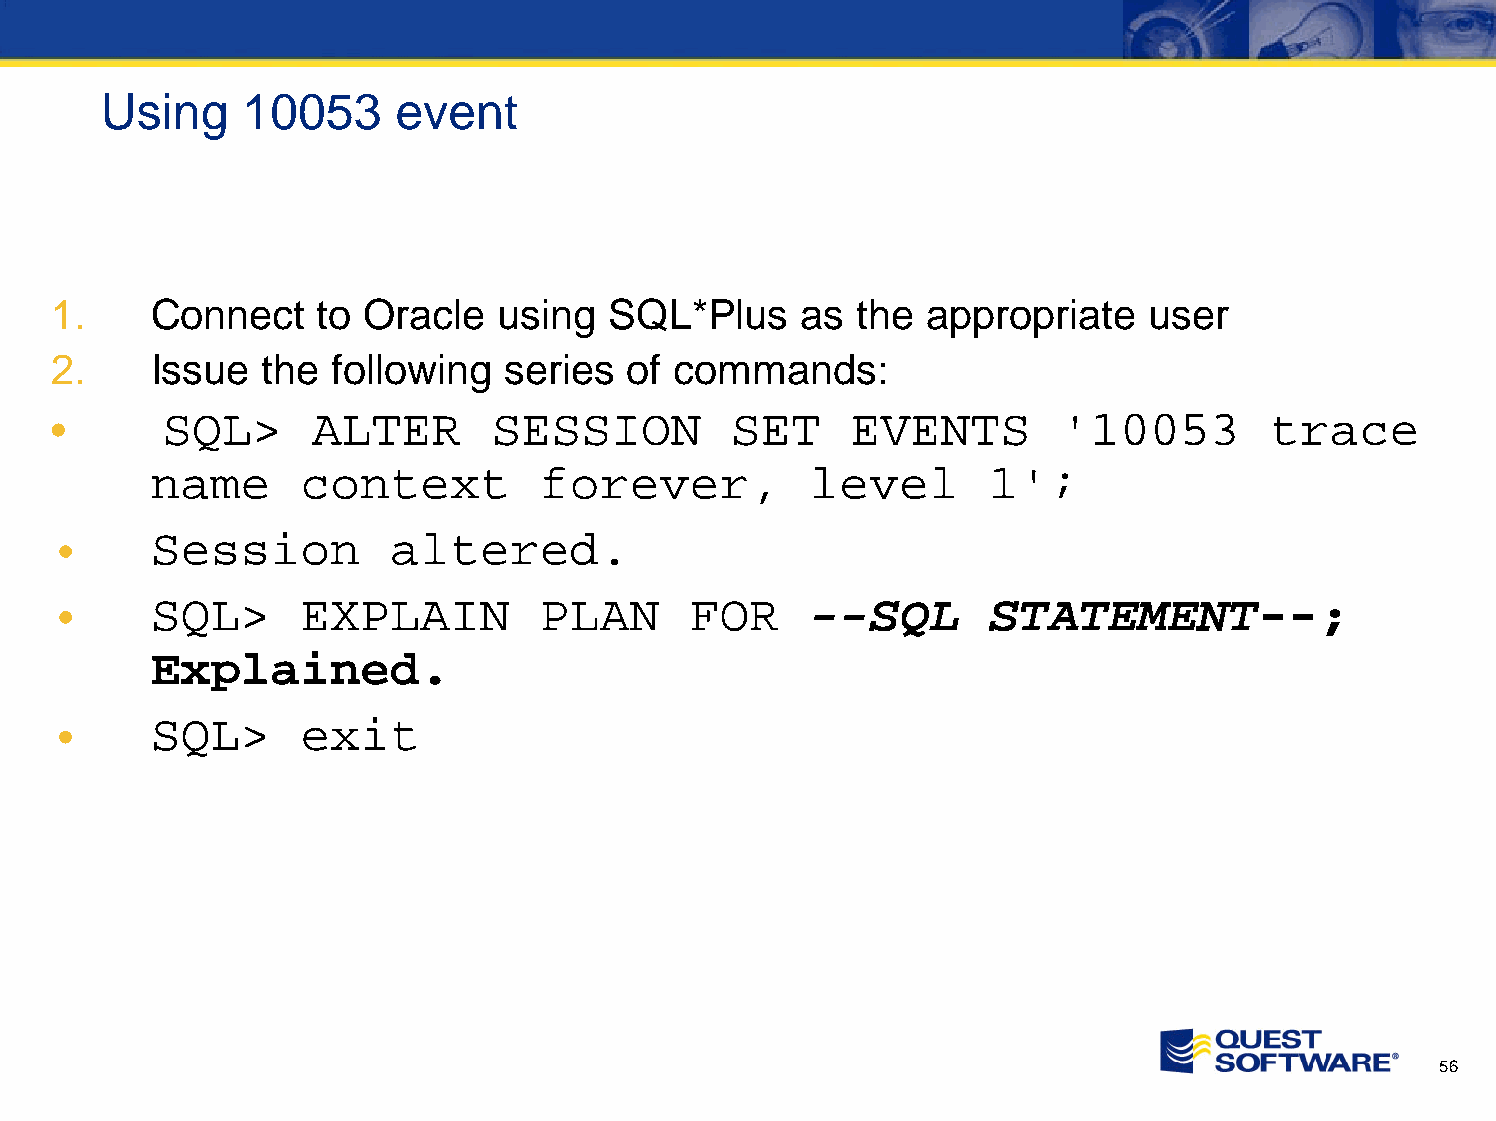
Using    10053     event
 1.     Connect    to Oracle   using  SQL*Plus     as  the appropriate    user
 2.     Issue  the  following  series   of commands:
 •       SQL>      ALTER       SESSION        SET     EVENTS        '10053        trace
 name      context         forever,          level       1';
 •      Session         altered.
 •      SQL>      EXPLAIN         PLAN      FOR     --SQL       STATEMENT--;
 Explained.
 •      SQL>      exit
 56